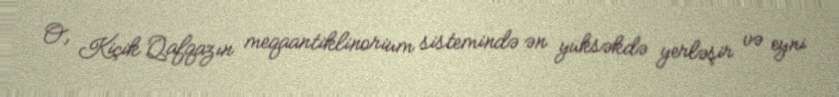
O, Kiçik Qafqazın meqaantiklinorium sistemində ən yüksəkdə yerləşir və eyni